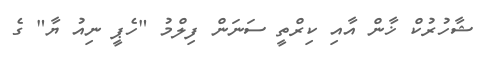
ޝާހުރުކް ޚާން އާއި ކިރްތީ ސަނަން ފިލްމު "ހެޕީ ނިއު ޔާ" ގެ